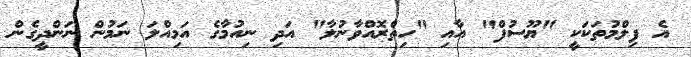
އެ ފިލްމުތަކަކީ "ޔޫސުފް" އާއި "ހިތްރޮއްވާނުލާ" އަދި ނިއުމާގެ އަމިއްލަ ނަމުން ނަންދީގެން